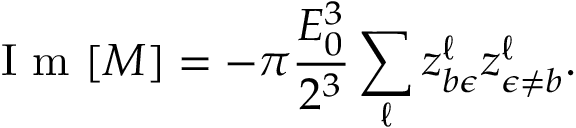
\mathrm { ~ I ~ m ~ } [ M ] = - \pi \frac { E _ { 0 } ^ { 3 } } { 2 ^ { 3 } } \sum _ { \ell } z _ { b \epsilon } ^ { \ell } z _ { \epsilon \neq b } ^ { \ell } .